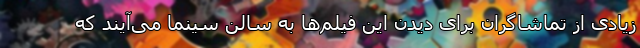
زیادی از تماشاگران برای دیدن این فیلم‌ها به سالن سینما می‌آیند که